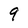
Character: 9